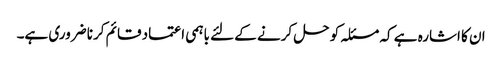
ان کا اشارہ ہے کہ مسئلہ کو حل کرنے کے لئے باہمی اعتماد قائم کرنا ضروری ہے۔